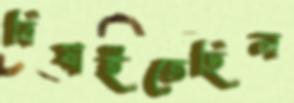
বিষাইতেছিল